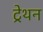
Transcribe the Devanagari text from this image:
ट्रेथन